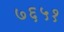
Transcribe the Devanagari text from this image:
७६५१